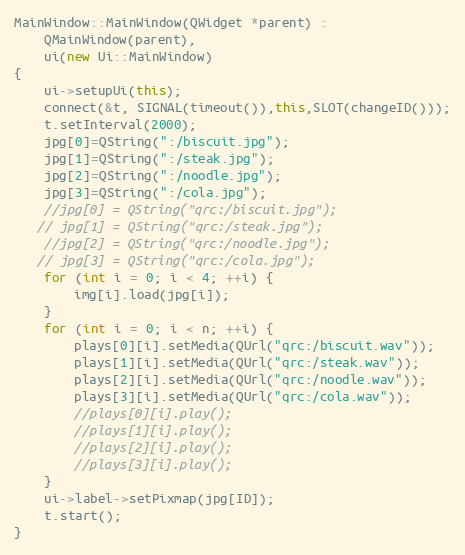
Language: C++
MainWindow::MainWindow(QWidget *parent) :
    QMainWindow(parent),
    ui(new Ui::MainWindow)
{
    ui->setupUi(this);
    connect(&t, SIGNAL(timeout()),this,SLOT(changeID()));
    t.setInterval(2000);
    jpg[0]=QString(":/biscuit.jpg");
    jpg[1]=QString(":/steak.jpg");
    jpg[2]=QString(":/noodle.jpg");
    jpg[3]=QString(":/cola.jpg");
    //jpg[0] = QString("qrc:/biscuit.jpg");
   // jpg[1] = QString("qrc:/steak.jpg");
    //jpg[2] = QString("qrc:/noodle.jpg");
   // jpg[3] = QString("qrc:/cola.jpg");
    for (int i = 0; i < 4; ++i) {
        img[i].load(jpg[i]);
    }
    for (int i = 0; i < n; ++i) {
        plays[0][i].setMedia(QUrl("qrc:/biscuit.wav"));
        plays[1][i].setMedia(QUrl("qrc:/steak.wav"));
        plays[2][i].setMedia(QUrl("qrc:/noodle.wav"));
        plays[3][i].setMedia(QUrl("qrc:/cola.wav"));
        //plays[0][i].play();
        //plays[1][i].play();
        //plays[2][i].play();
        //plays[3][i].play();
    }
    ui->label->setPixmap(jpg[ID]);
    t.start();
}